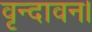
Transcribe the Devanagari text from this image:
वृन्दावन।